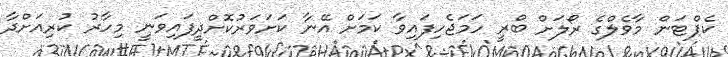
ކެޕްޓަން މާވެލްގެ ރޯލަށް ބްރީ ހަމަޖެހިފައިވާ ކަމަށް އޭނާ ކަށަވަރުކޮށްދީފައިވަނީ މިހާރު ކުރިއަށްދާ